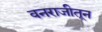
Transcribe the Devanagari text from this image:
वनराजीतून